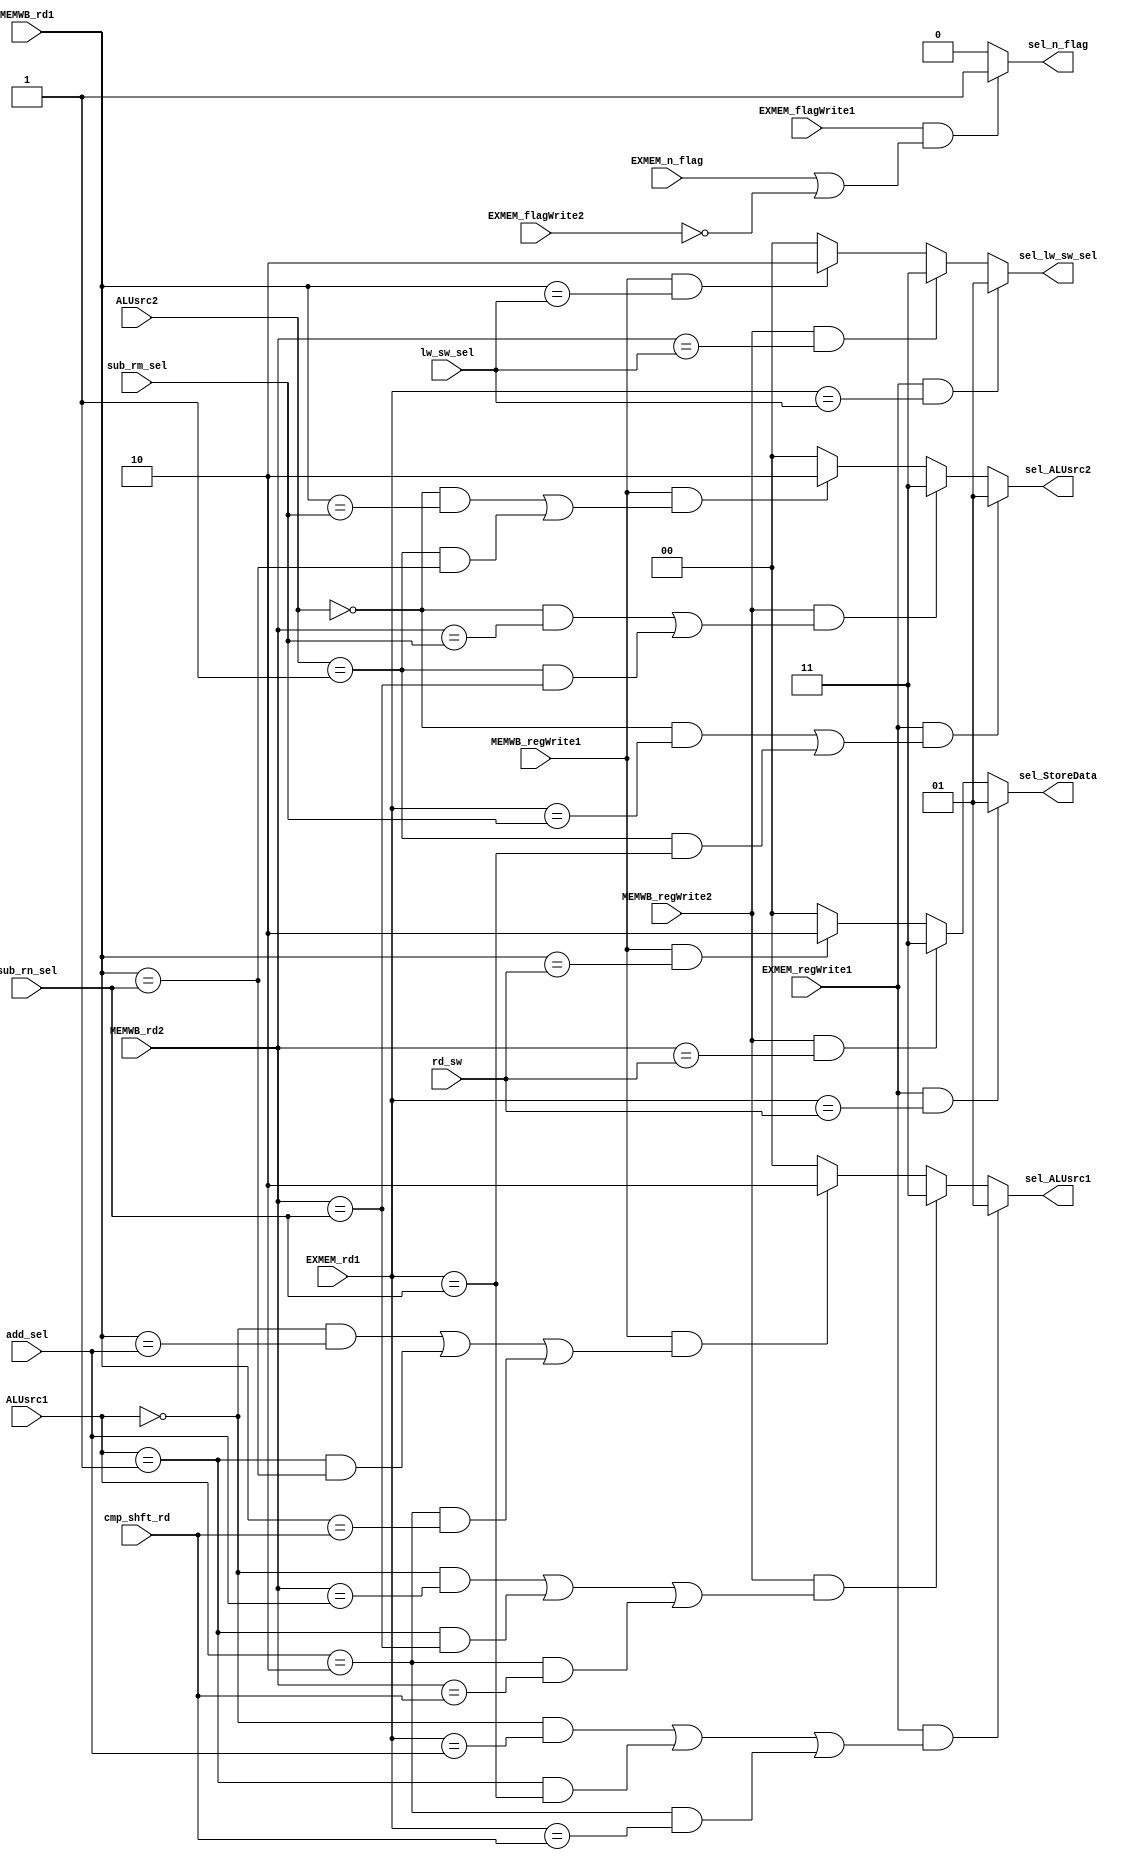
module forwarding(input [2:0] rd_sw, input [2:0] lw_sw_sel, input [2:0] add_sel, input [2:0] sub_rm_sel,
	input [2:0] sub_rn_sel, input [2:0] cmp_shft_rd, input [2:0] EXMEM_rd1, input [2:0] MEMWB_rd1, input [2:0] MEMWB_rd2, 
	input EXMEM_regWrite1, input MEMWB_regWrite1, input MEMWB_regWrite2, input [1:0] ALUsrc1, input [1:0] ALUsrc2,
	input EXMEM_flagWrite1, input EXMEM_flagWrite2, input EXMEM_n_flag, output reg sel_n_flag, 
	output reg [1:0] sel_ALUsrc1, output reg [1:0] sel_ALUsrc2, output reg [1:0] sel_StoreData, output reg [1:0] sel_lw_sw_sel);
	
	//rs1 = storedatasel, lw_sw_sel = load/store address, add_sel = add, sub_rm_sel = sub, sub_rn_sel = sub/shift/cmp, cmp_shft_rd = shift/cmp
	//EXMEM_rd1 = write address of set1 instruction in ex/mem, rd12 = set2
	//MEMWB_rd1 = write address of set1 instruction in mem/wb, MEMWB_rd2 = set2
	//EXMEM_regWrite1 = regWrite of set1 instruction in ex/mem, regWrite12 = set2
	//MEMWB_regWrite1 = regWrite of set1 instruction in mem/wb, MEMWB_regWrite2 = set2
	//ALUsrc1 = aluALUsrc1 signal generated by ctrlckt, ALUsrc2 = aluALUsrc2
	
	always @(rd_sw or lw_sw_sel or add_sel or sub_rm_sel or sub_rn_sel or cmp_shft_rd or EXMEM_rd1 or MEMWB_rd1 or MEMWB_rd2 or ALUsrc1 or ALUsrc2 or EXMEM_flagWrite1 or EXMEM_flagWrite2 or EXMEM_regWrite1 or MEMWB_regWrite1 or MEMWB_regWrite2)
	begin
		sel_ALUsrc1 = 2'b00;
		sel_ALUsrc2 = 2'b00;
		//sel_EXMEMStoreData = 2'b00;
		sel_lw_sw_sel = 2'b00;
		sel_n_flag = 1'b0;
		sel_StoreData = 2'b00;
		
		if((EXMEM_regWrite1==1'b1) && (EXMEM_rd1==rd_sw)) sel_StoreData = 2'b01;
		else
		begin
		  // mem/wb1--store data dependency with g1
			if((MEMWB_regWrite1==1'b1) && (MEMWB_rd1==rd_sw)) sel_StoreData = 2'b10;			
     // mem/wb2--store data dependency with g2 load word
			if((MEMWB_regWrite2==1'b1) && (MEMWB_rd2==rd_sw)) sel_StoreData = 2'b11;
		end
		
		//address calculation dependency
		// ex/mem1--store/load address
		if((EXMEM_regWrite1==1'b1) && (EXMEM_rd1==lw_sw_sel)) sel_lw_sw_sel = 2'b01;
		else
		begin
		  // mem/wb1--store/load address dependency with g1
			if((MEMWB_regWrite1==1'b1) && (MEMWB_rd1==lw_sw_sel)) sel_lw_sw_sel = 2'b10;			
     // mem/wb2--store/load address dependency with g2 load word
			if((MEMWB_regWrite2==1'b1) && (MEMWB_rd2==lw_sw_sel)) sel_lw_sw_sel = 2'b11;
		end
		
		//ALU SRCA DEPENDENCY
		if((EXMEM_regWrite1==1'b1) && ((ALUsrc1==2'b00 && EXMEM_rd1==add_sel) || 
		   (ALUsrc1==2'b01 && EXMEM_rd1==sub_rn_sel) || 
		   (ALUsrc1==2'b10 && EXMEM_rd1==cmp_shft_rd))) sel_ALUsrc1 = 2'b01;// ex/mem1--aluALUsrc1
		else
		begin
			if((MEMWB_regWrite1==1'b1) && ((ALUsrc1==2'b00 && MEMWB_rd1==add_sel) || 
			   (ALUsrc1==2'b01 && MEMWB_rd1==sub_rn_sel) || 
			   (ALUsrc1==2'b10 && MEMWB_rd1==cmp_shft_rd))) sel_ALUsrc1 = 2'b10;// mem/wb1--aluALUsrc1
			
			if((MEMWB_regWrite2==1'b1) && ((ALUsrc1==2'b00 && MEMWB_rd2==add_sel) || 
			   (ALUsrc1==2'b01 && MEMWB_rd2==sub_rn_sel) || 
			   (ALUsrc1==2'b10 && MEMWB_rd2==cmp_shft_rd))) sel_ALUsrc1 = 2'b11;// mem/wb2--aluALUsrc1
		end
		
		//ALU SRCB DEPENDENCY.No condition check for add as it has only one source
		if((EXMEM_regWrite1==1'b1) && ((ALUsrc2==2'b00 && EXMEM_rd1==sub_rm_sel) ||
		   (ALUsrc2==2'b01 && EXMEM_rd1==sub_rn_sel))) sel_ALUsrc2 = 2'b01;// ex/mem1--aluALUsrc2
		else
		begin
			if((MEMWB_regWrite1==1'b1) && ((ALUsrc2==2'b00 && MEMWB_rd1==sub_rm_sel) || 
			  (ALUsrc2==2'b01 && MEMWB_rd1==sub_rn_sel))) sel_ALUsrc2 = 2'b10;// mem/wb1--aluALUsrc2
			
			if((MEMWB_regWrite2==1'b1) && ((ALUsrc2==2'b00 && MEMWB_rd2==sub_rm_sel) || 
			  (ALUsrc2==2'b01 && MEMWB_rd2==sub_rn_sel))) sel_ALUsrc2 = 2'b11;// mem/wb2--aluALUsrc2
		end
		
		/*??why EXMEM rdforlw_sw
		if((MEMWB_regWrite1==1'b1) && (MEMWB_rd1==EXMEM_rd_sw)) sel_EXMEMStoreData = 2'b01;// mem/wb aluOut
		if((MEMWB_regWrite2==1'b1) && (MEMWB_rd2==EXMEM_rd_sw)) sel_EXMEMStoreData = 2'b10;// mem/wb lw
		*/
		
		//flag forwarding.No need to frwd it from wb stage as we first write then read
		if((EXMEM_flagWrite1==1'b1) && ((EXMEM_n_flag==1'b1) || (EXMEM_flagWrite2==1'b0))) sel_n_flag = 1'b1; // EX/MEM
		
	end
endmodule
module forwarding_testbench;
  reg [2:0] EXMEM_rd_sw, lw_sw_sel, add_sel, sub_rm_sel, sub_rn_sel, cmp_shft_rd, EXMEM_rd1, MEMWB_rd1, MEMWB_rd2;
  reg EXMEM_regWrite1, MEMWB_regWrite1, MEMWB_regWrite2, EXMEM_n_flag;
  reg [1:0] ALUsrc1, ALUsrc2, EXMEM_flagWrite1,  EXMEM_flagWrite2;
  wire sel_n_flag, sel_ALUsrc1, sel_ALUsrc2, sel_EXMEMStoreData, sel_lw_sw_sel;
  forwarding forward(EXMEM_rd_sw, lw_sw_sel, add_sel, sub_rm_sel, sub_rn_sel, cmp_shft_rd, 
              EXMEM_rd1, MEMWB_rd1, MEMWB_rd2,EXMEM_regWrite1, MEMWB_regWrite1, MEMWB_regWrite2,
              ALUsrc1, ALUsrc2, EXMEM_flagWrite1, EXMEM_flagWrite2, sel_n_flag, sel_ALUsrc1, 
              sel_ALUsrc2, sel_EXMEMStoreData, sel_lw_sw_sel);
              
  
endmodule